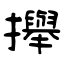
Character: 攑